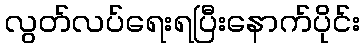
လွတ်လပ်ရေးရပြီးနောက်ပိုင်း